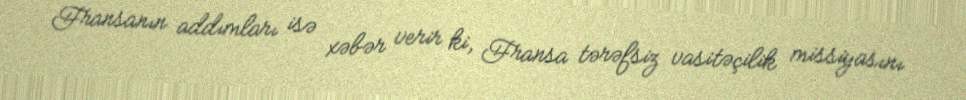
Fransanın addımları isə xəbər verir ki, Fransa tərəfsiz vasitəçilik missiyasını